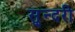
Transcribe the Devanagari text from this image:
सु्न्दरी